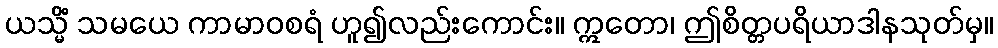
ယသ္မိံ သမယေ ကာမာဝစရံ ဟူ၍လည်းကောင်း။ ဣတော၊ ဤစိတ္တပရိယာဒါနသုတ်မှ။